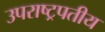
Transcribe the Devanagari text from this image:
उपराष्ट्रपतीय